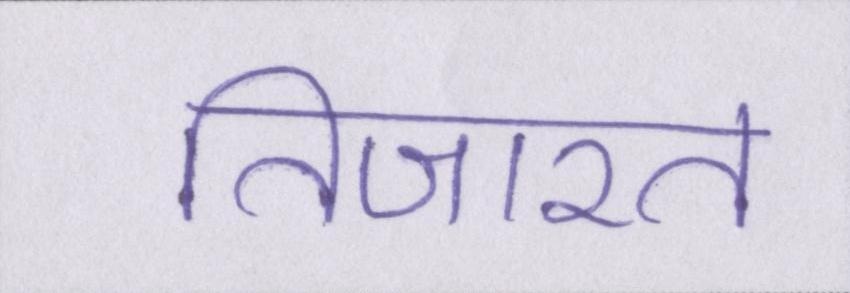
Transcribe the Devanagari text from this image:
तिजारत